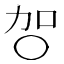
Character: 㔔